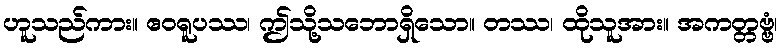
ဟူသည်ကား။ ဧဝရူပဿ၊ ဤသို့သဘောရှိသော။ တဿ၊ ထိုသူအား။ အကတ္တဗ္ဗံ၊